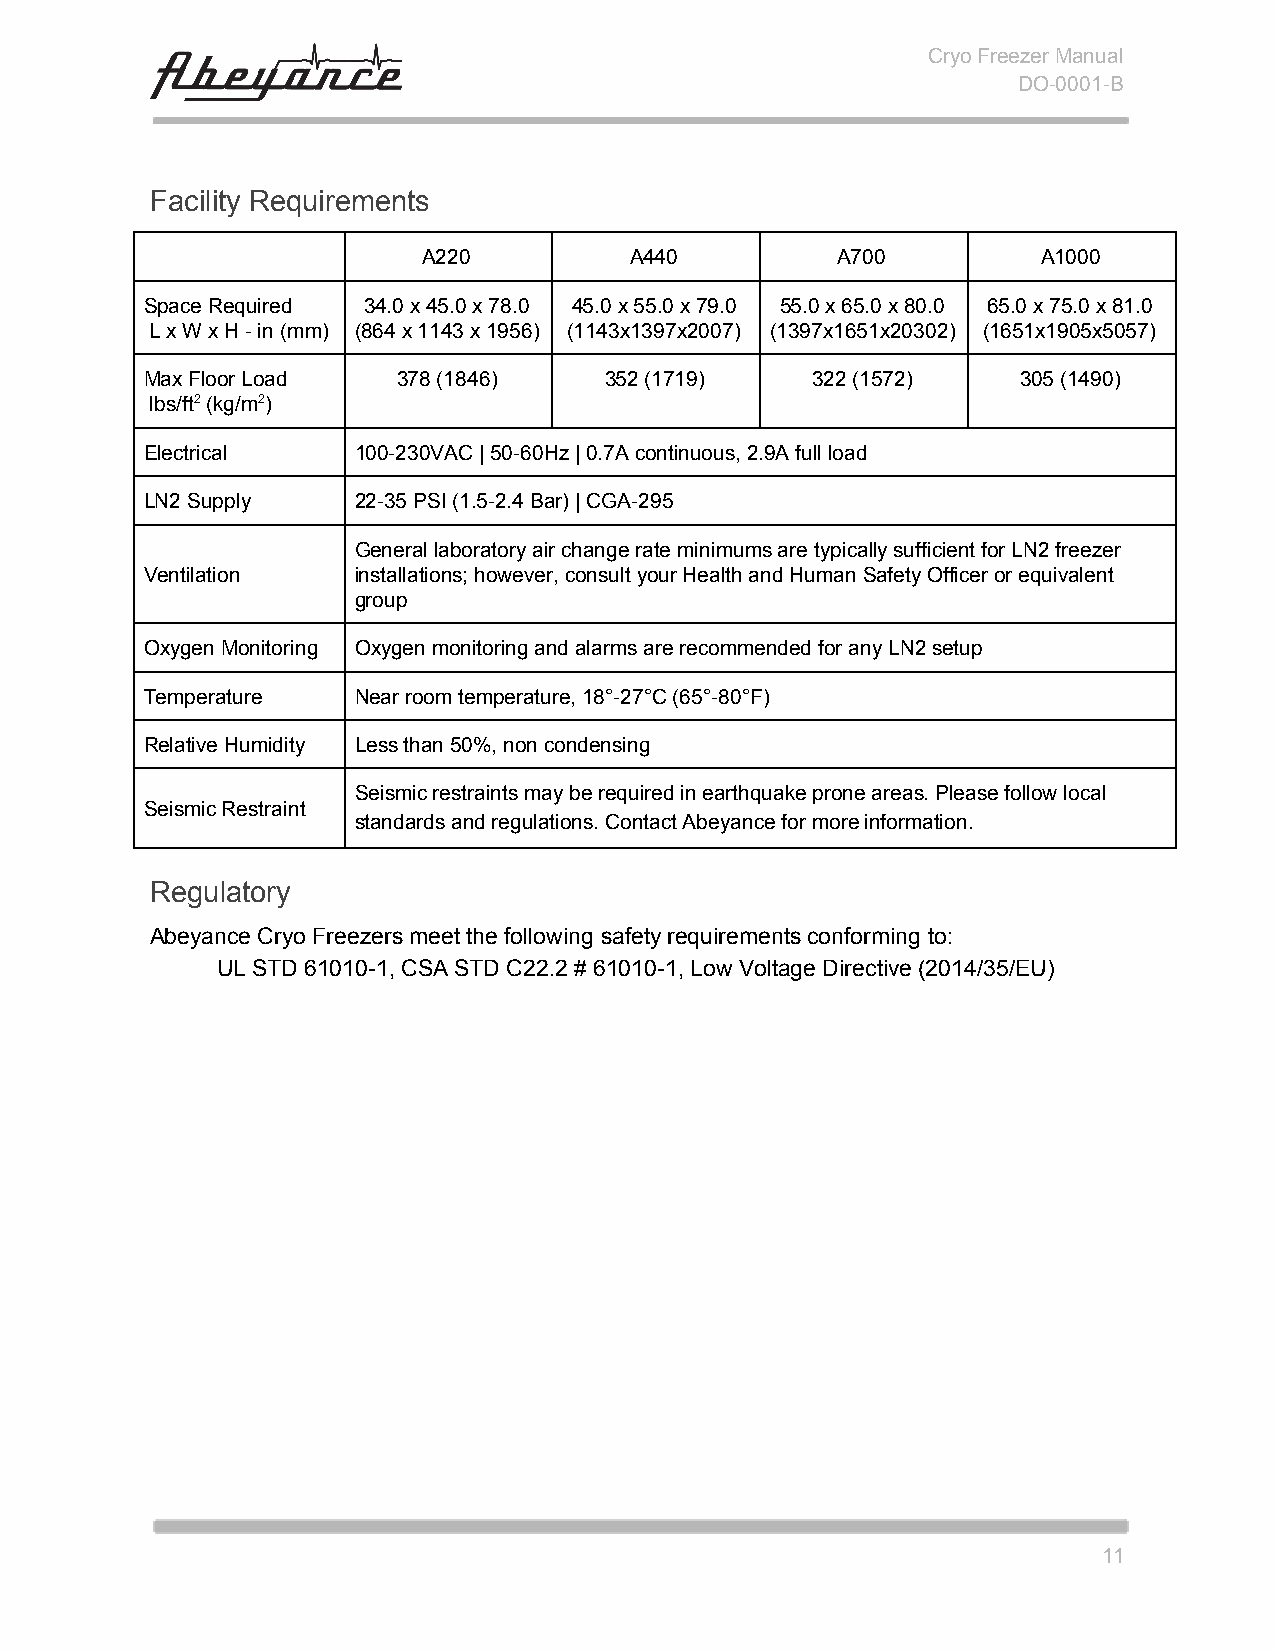
Cryo Freezer Manual
 DO-0001-B
 Facility Requirements
 A220          A440         A700          A1000
 Space Required 34.0 x 45.0 x 78.0 45.0 x 55.0 x 79.0 55.0 x 65.0 x 80.0 65.0 x 75.0 x 81.0
 L x W x H - in (mm) (864 x 1143 x 1956) (1143x1397x2007) (1397x1651x20302) (1651x1905x5057)
 Max Floor Load  378 (1846)    352 (1719)    322 (1572)    305 (1490)
 lbs/ft ​2​ (kg/m ​2​)
 Electrical   100-230VAC | 50-60Hz | 0.7A continuous, 2.9A full load
 LN2 Supply   22-35 PSI (1.5-2.4 Bar) | CGA-295
 General laboratory air change rate minimums are typically sufficient for LN2 freezer
 Ventilation  installations; however, consult your Health and Human Safety Officer or equivalent
 group
 Oxygen Monitoring Oxygen monitoring and alarms are recommended for any LN2 setup
 Temperature  Near room temperature, 18°-27°C (65°-80°F)
 Relative Humidity Less than 50%, non condensing
 Seismic restraints may be required in earthquake prone areas. Please follow local
 Seismic Restraint
 standards and regulations. Contact Abeyance for more information.
 Regulatory
 Abeyance Cryo Freezers meet the following safety requirements conforming to:
 UL STD 61010-1, CSA STD C22.2 # 61010-1, Low Voltage Directive (2014/35/EU)
 11